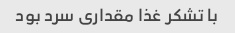
با تشکر غذا مقداری سرد بود